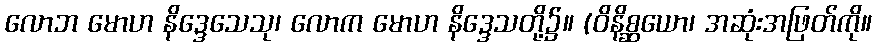
လောဘ မောဟ နိဒ္ဒေသေသု၊ လောက မောဟ နိဒ္ဒေသတို့၌။ (ဝိနိစ္ဆယော၊ အဆုံးအဖြတ်ကို။